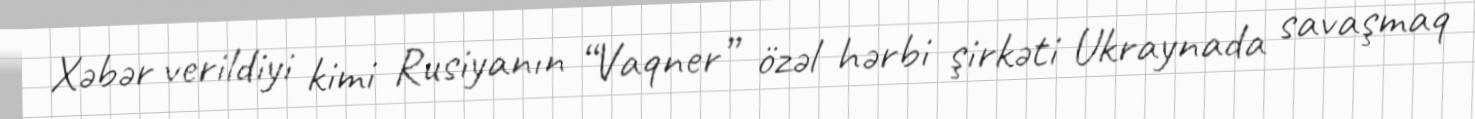
Xəbər verildiyi kimi Rusiyanın “Vaqner” özəl hərbi şirkəti Ukraynada savaşmaq